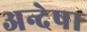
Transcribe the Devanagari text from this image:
अन्देषा